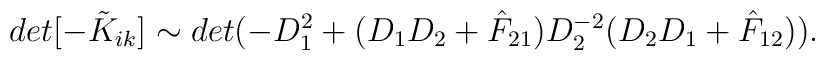
det [- \tilde{K}_{ik}] \sim det (-D^2_1 + (D_1 D_2 + \hat{F}_{21})D^{-2}_2 (D_2 D_1 + \hat{F}_{12})).